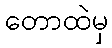
တောထဲမှ